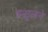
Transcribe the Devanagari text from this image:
बसूलने